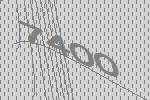
7400